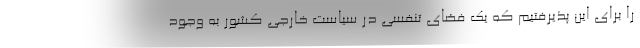
را برای این پذیرفتیم که یک فضای تنفسی در سیاست خارجی کشور به وجود